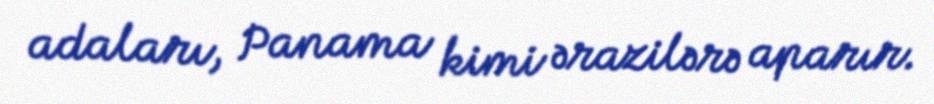
adaları, Panama kimi ərazilərə aparır.